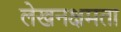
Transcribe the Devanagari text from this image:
लेखनक्षमता